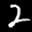
Label: 2